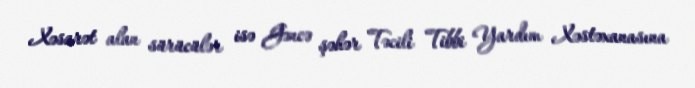
Xəsarət alan sürücülər isə Gəncə şəhər Təcili Tibbi Yardım Xəstəxanasına